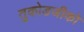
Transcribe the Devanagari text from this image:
तुकोडजीको